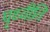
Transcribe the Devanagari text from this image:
पृथ्वीति